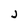
Character: j